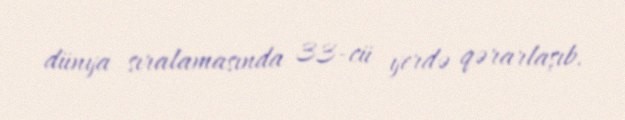
dünya sıralamasında 33-cü yerdə qərarlaşıb.